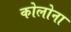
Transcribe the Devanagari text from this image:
कोलोना